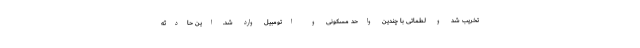
تخریب شد و لطماتی با چندین واحد مسکونی و اتومبیل وارد شد. این حادثه